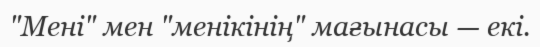
"Мені" мен "менікінің" мағынасы — екі.